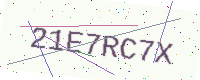
Text: 21E7RC7X